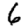
Digit: 6